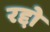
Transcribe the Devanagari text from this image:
रद्दो